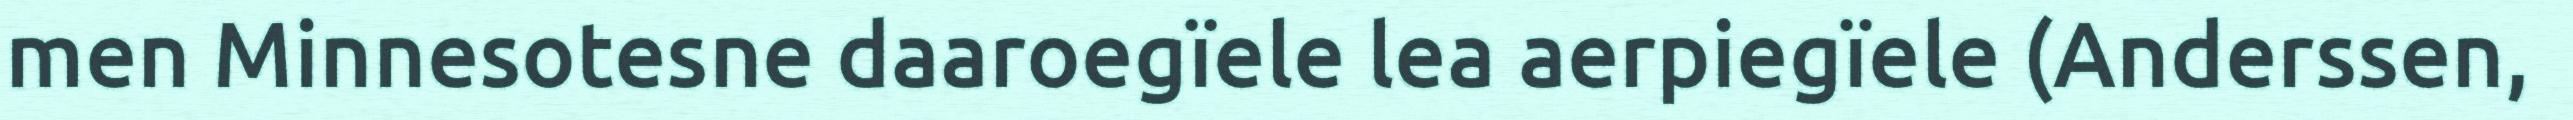
men Minnesotesne daaroegïele lea aerpiegïele (Anderssen,